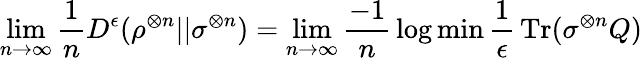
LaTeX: \operatorname*{lim}_{n\rightarrow\infty}{\frac{1}{n}}D^{\epsilon}(\rho^{\otimes n}||\sigma^{\otimes n})=\operatorname*{lim}_{n\rightarrow\infty}{\frac{-1}{n}}\log\operatorname*{min}{\frac{1}{\epsilon}}\operatorname{Tr}(\sigma^{\otimes n}Q)